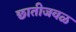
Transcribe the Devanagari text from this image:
छातीजवळ